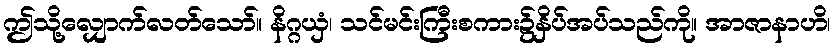
ဤသို့လျှောက်လတ်သော်။ နိဂ္ဂယှံ၊ သင်မင်းကြီးစကား၌နှိပ်အပ်သည်ကို။ အာဇာနာဟိ၊